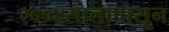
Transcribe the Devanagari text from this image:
२००४सालापासून